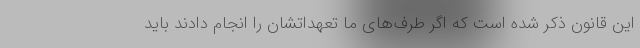
این قانون ذکر شده است که اگر طرف‌های ما تعهداتشان را انجام دادند باید